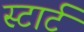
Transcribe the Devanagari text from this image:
स्‍टार्ट